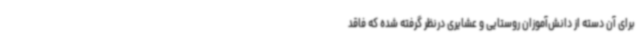
برای آن دسته از دانش‌آموزان روستایی و عشایری درنظر گرفته شده که فاقد